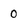
Character: 0